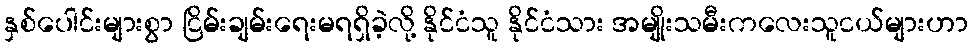
နှစ်ပေါင်းများစွာ ငြိမ်းချမ်းရေးမရရှိခဲ့လို့ နိုင်ငံသူ နိုင်ငံသား အမျိုးသမီးကလေးသူငယ်များဟာ